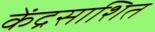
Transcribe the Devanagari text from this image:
केंद्रसाशित